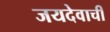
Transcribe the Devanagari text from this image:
जयदेवाची